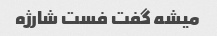
میشه گفت فست شارژه